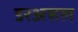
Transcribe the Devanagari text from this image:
डरअसल